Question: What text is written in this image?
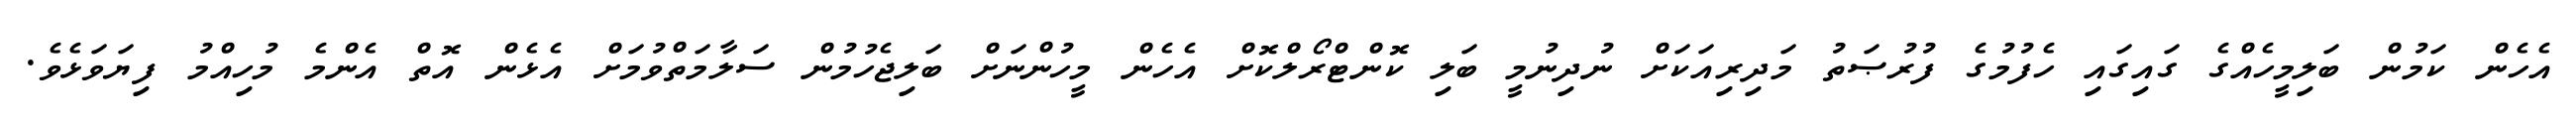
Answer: އެހެން ކަމުން ބަލިމީހެއްގެ ގައިގައި ހެފުމުގެ ފުރުޞަތު މަދިރިއަކަށް ނުދިނުމީ ބަލި ކޮންޓްރޯލްކޮށް އެހެން މީހުންނަށް ބަލިޖެހުމުން ސަލާމަތްވުމަށް އެޅެން އޮތް އެންމެ މުހިއްމު ފިޔަވަޅެވެ.